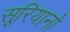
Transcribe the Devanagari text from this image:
सूरियानो